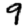
Digit: 9